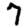
Digit: 7